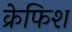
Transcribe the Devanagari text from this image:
क्रेफिश